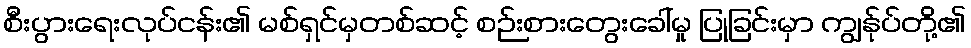
စီးပွားရေးလုပ်ငန်း၏ မစ်ရှင်မှတစ်ဆင့် စဉ်းစားတွေးခေါ်မှု ပြုခြင်းမှာ ကျွန်ုပ်တို့၏